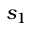
s _ { 1 }